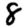
Digit: 8